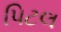
પિટલ